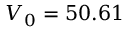
V _ { 0 } = 5 0 . 6 1